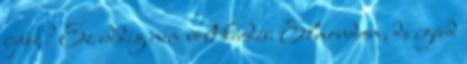
íjász? Ez eddig nem volt kérdés. Elmondom, de ígérd